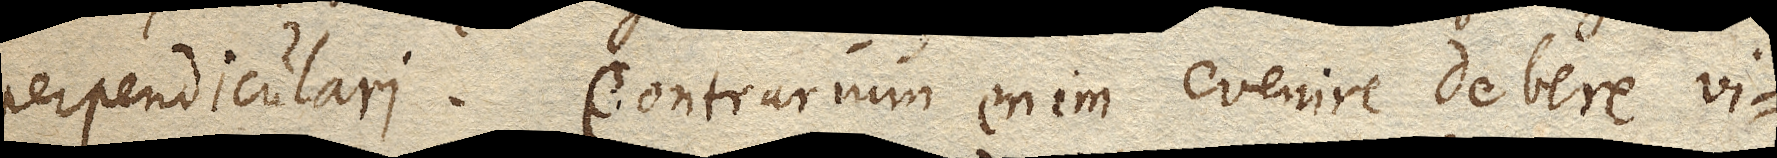
perpendiculari. Contrarium enim evenire debere vi–